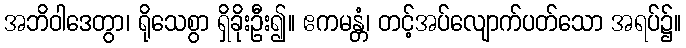
အဘိဝါဒေတွာ၊ ရိုသေစွာ ရှိခိုးဦး၍။ ဧကမန္တံ၊ တင့်အပ်လျောက်ပတ်သော အရပ်၌။